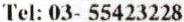
TEL: 03- 55423228